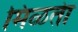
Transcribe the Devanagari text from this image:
मिळतेा